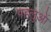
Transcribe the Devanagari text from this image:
पहलुआें